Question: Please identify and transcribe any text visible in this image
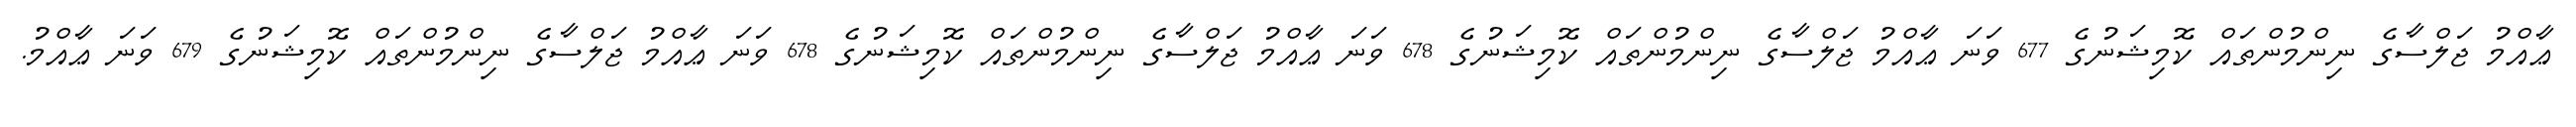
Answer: ޢާއްމު ޖަލްސާގެ ނިންމުންތައް ކޮމިޝަނުގެ 677 ވަނަ ޢާއްމު ޖަލްސާގެ ނިންމުންތައް ކޮމިޝަނުގެ 678 ވަނަ ޢާއްމު ޖަލްސާގެ ނިންމުންތައް ކޮމިޝަނުގެ 678 ވަނަ ޢާއްމު ޖަލްސާގެ ނިންމުންތައް ކޮމިޝަނުގެ 679 ވަނަ ޢާއްމު.